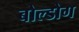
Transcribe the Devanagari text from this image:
बोल्डोग